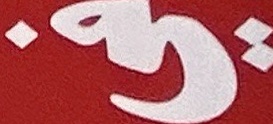
في